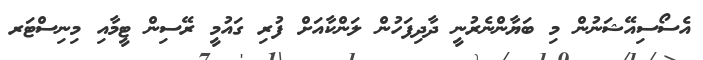
އެސޯސިއޭޝަނުން މި ބަޔާންނެރުނީ ދާދިފަހުން ލަންކާއަށް ފުރި ގައުމީ ރޭސިން ޓީމާއި މިނިސްޓަރ